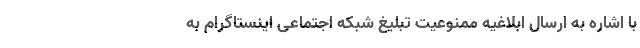
با اشاره به ارسال ابلاغیه ممنوعیت تبلیغ شبکه اجتماعی اینستاگرام به